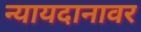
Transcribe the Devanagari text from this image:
न्यायदानावर